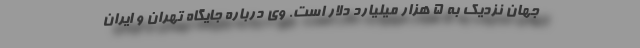
جهان نزدیک به ۵ هزار میلیارد دلار است. وی درباره جایگاه تهران و ایران